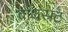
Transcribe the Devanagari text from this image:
बाथस्रट